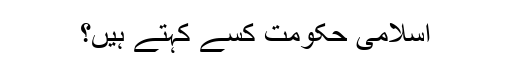
اسلامی حکومت کسے کہتے ہیں؟